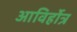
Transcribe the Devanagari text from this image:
आविर्होत्र